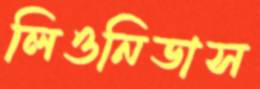
লিওনিডাস